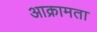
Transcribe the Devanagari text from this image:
आक्रामता